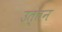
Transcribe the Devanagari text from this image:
उत्तन